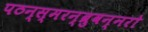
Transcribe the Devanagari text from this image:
पठन्स्मरन्ब्रुवन्नरो